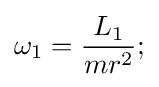
\omega _{1}={\frac {L_{1}}{mr^{2}}};